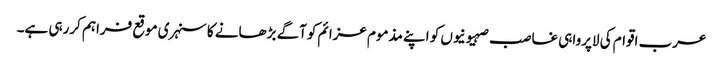
عرب اقوام کی لاپرواہی غاصب صہیونیوں کو اپنے مذموم عزائم کوآگے بڑھانے کا سنہری موقع فراہم کررہی ہے۔